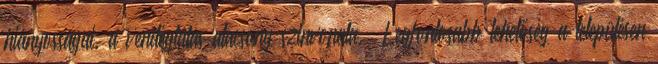
hiányosságai, a vendéglátás alacsony szinvonala.” Legfontosabb lehetőség a településen